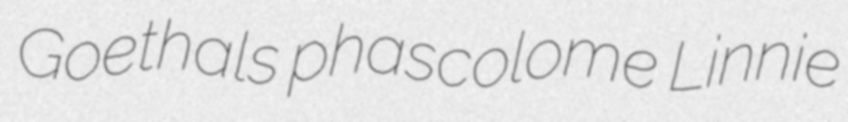
Goethals phascolome Linnie